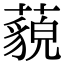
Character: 藐